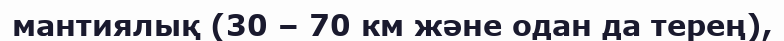
мантиялық (30 – 70 км және одан да терең),